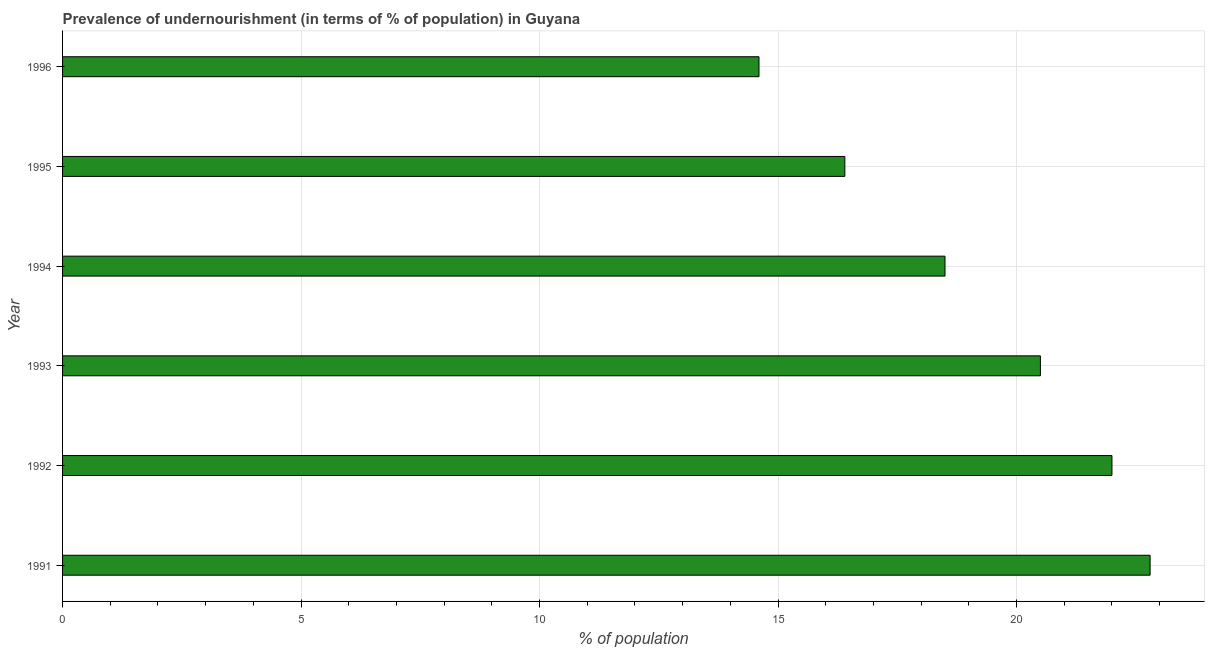
| Year | Prevalence of undernourishment |
 | --- | --- |
 | 1991 | 22.8 |
 | 1992 | 22 |
 | 1993 | 20.5 |
 | 1994 | 18.5 |
 | 1995 | 16.4 |
 | 1996 | 14.6 |